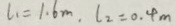
l _ { 1 } = 1 . 6 m , l _ { 2 } = 0 . 4 m